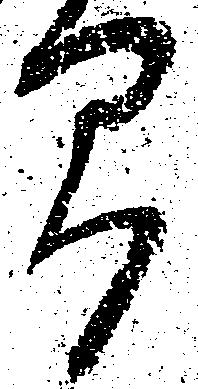
間